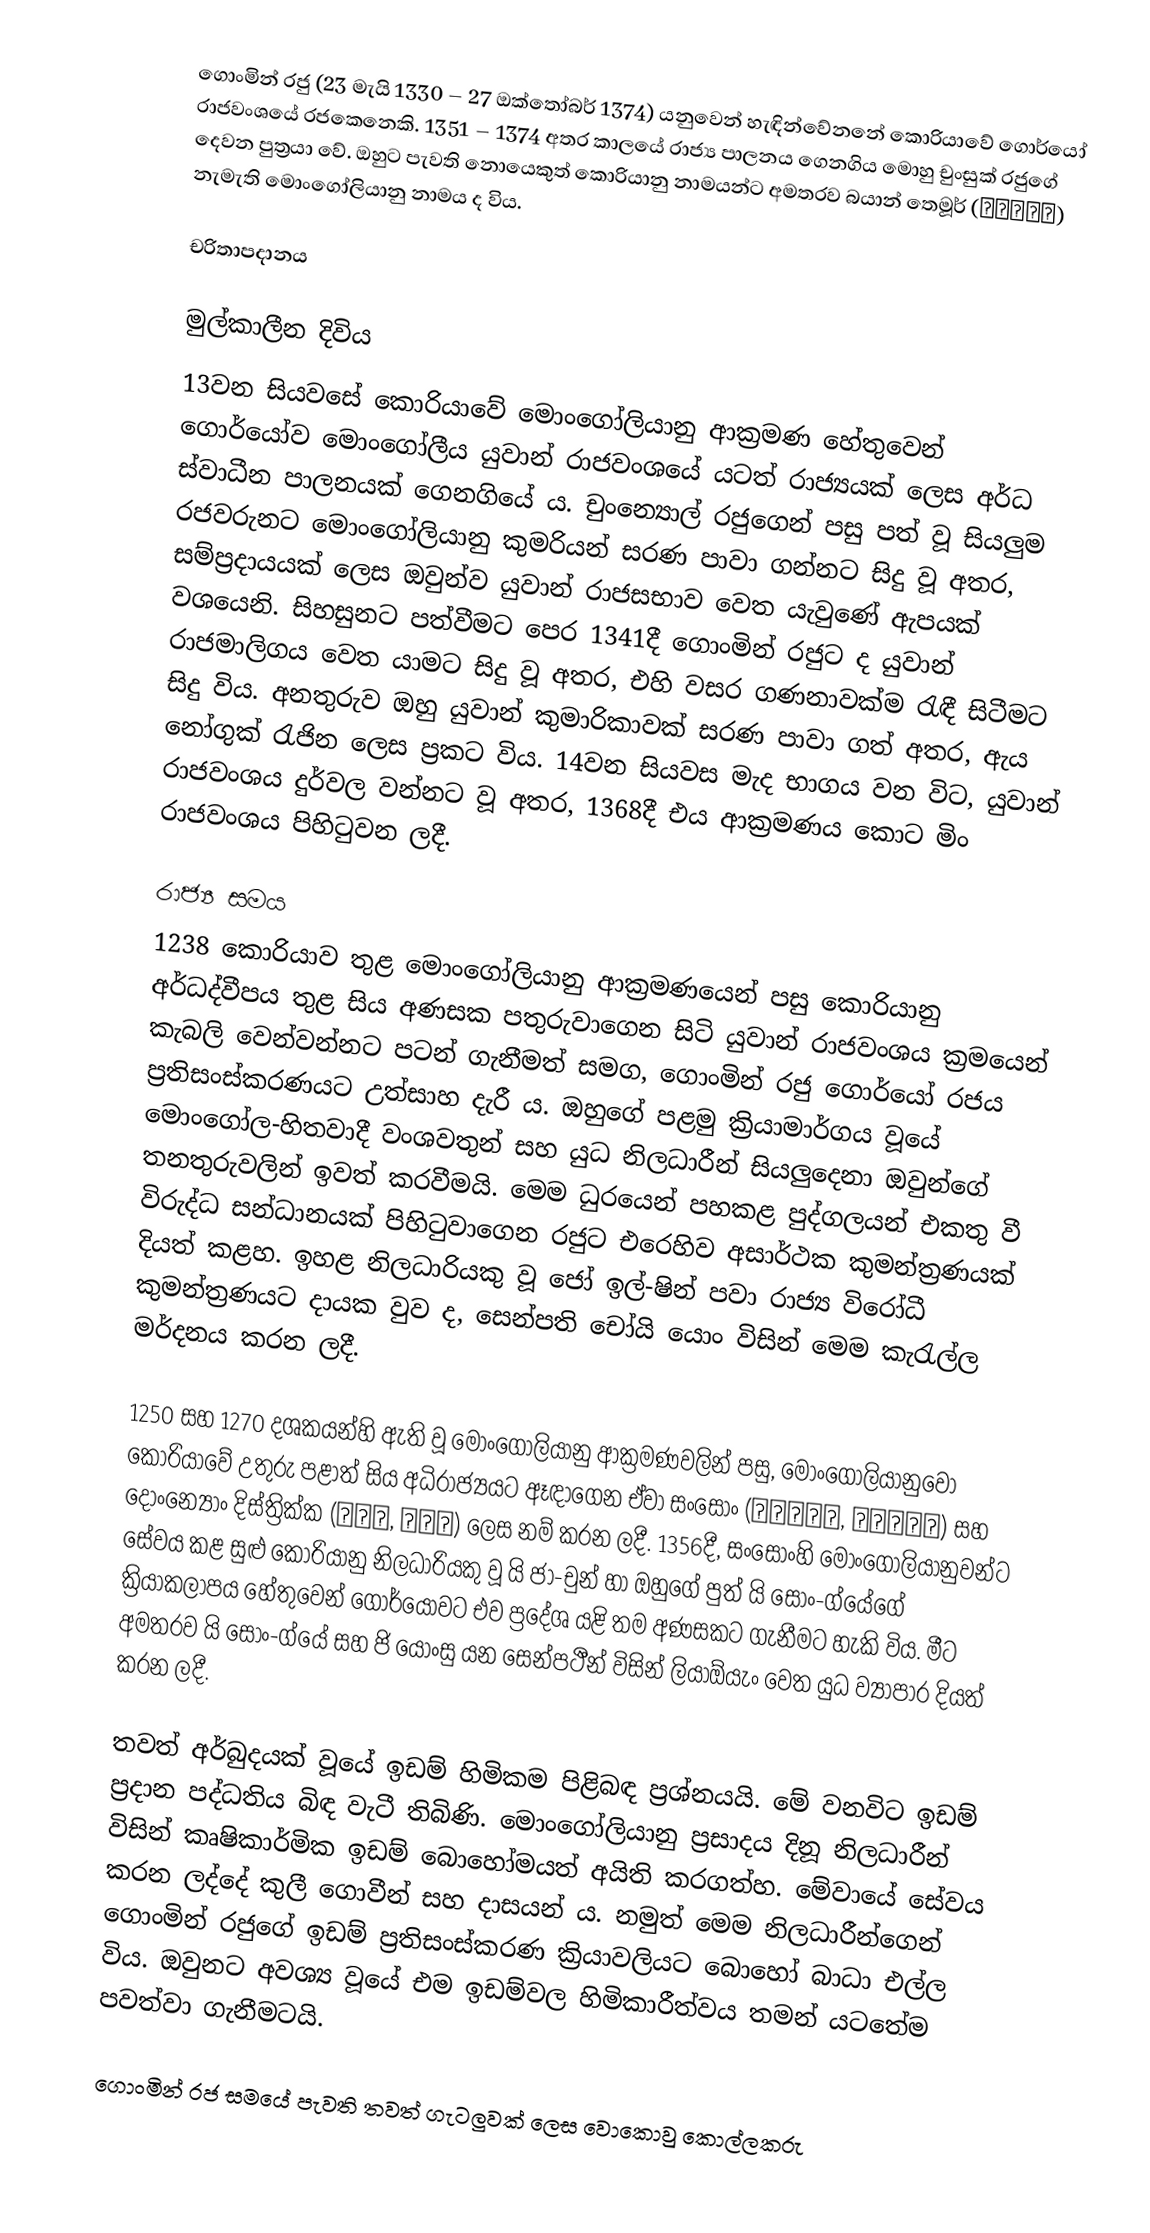
ගොංමින් රජු (23 මැයි 1330 – 27 ඔක්තෝබර් 1374) යනුවෙන් හැඳින්වේනනේ කොරියාවේ ගොර්යෝ රාජවංශයේ රජකෙනෙකි‍. 1351 – 1374 අතර කාලයේ රාජ්‍ය පාලනය ගෙනගිය මොහු චුංසුක් රජුගේ දෙවන පුත්‍රයා වේ. ඔහුට පැවති නොයෙකුත් කොරියානු නාමයන්ට අමතරව බයාන් තෙමූර් (伯顔帖木兒) නැමැති මොංගෝලියානු නාමය ද විය.

චරිතාපදානය

මුල්කාලීන දිවිය
13වන සියවසේ කොරියාවේ මොංගෝලියානු ආක්‍රමණ හේතුවෙන් ගොර්යෝව මොංගෝලීය යුවාන් රාජවංශයේ යටත් රාජ්‍යයක් ලෙස අර්ධ ස්වාධීන පාලනයක් ගෙනගියේ ය‍.  චුංන්‍යොල් රජුගෙන් පසු පත් වූ සියලුම රජවරුනට මොංගෝලියානු කුමරියන් සරණ පාවා ගන්නට සිදු වූ අතර, සම්ප්‍රදායයක් ලෙස ඔවුන්ව යුවාන් රාජසභා‍ව වෙත යැවුණේ ඇපයක් වශයෙනි. සිහසුනට පත්වීමට පෙර 1341දී ගොංමින් රජුට ද යුවාන් රාජමාලිගය වෙත යාමට සිදු වූ අතර, එහි වසර ගණනාවක්ම රැඳී සිටීමට සිදු විය. අනතුරුව ඔහු යුවාන් කුමාරිකාවක් සරණ පාවා ගත් අතර, ඇය නෝගුක් රැජින ලෙස ප්‍රකට විය. 14වන සියවස මැද භාගය වන විට, යුවාන් රාජවංශය දුර්වල වන්නට වූ අතර, 1368දී එය ආක්‍රමණය කොට මිං රාජවංශය පිහිටුවන ලදී.

රාජ්‍ය සමය
1238 කොරියාව තුළ මොංගෝලියානු ආක්‍රමණයෙන් පසු කොරියානු අර්ධද්වීපය තුළ සිය අණසක පතුරුවාගෙන සිටි යුවාන් රාජවංශය ක්‍රමයෙන් කැබලි වෙන්වන්නට පටන් ගැනීමත් සමග, ගොංමින් රජු ගොර්යෝ රජය ප්‍රතිසංස්කරණයට උත්සාහ දැරී ය. ඔහුගේ පළමු ක්‍රියාමාර්ගය වූයේ මොංගෝල-හිතවාදී වංශවතුන් සහ යුධ නිලධාරීන් සියලුදෙනා ඔවුන්ගේ තනතුරුවලින් ඉවත් කරවීමයි. මෙම ධුරයෙන් පහකළ පුද්ගලයන් එකතු වී විරුද්ධ සන්ධානයක් පිහිටුවාගෙන රජුට එරෙහිව අසාර්ථක කුමන්ත්‍රණයක් දියත් කළහ. ඉහළ නිලධාරියකු වූ ජෝ ඉල්-ෂින් පවා රාජ්‍ය විරෝධී කුමන්ත්‍රණයට දායක වුව ද, සෙන්පති චෝයි යොං විසින් මෙම කැරැල්ල මර්දනය කරන ලදී.

1250 සහ 1270 දශකයන්හි ඇති වූ මොංගෝලියානු ආක්‍රමණවලින් පසු, මොංගෝලියානුවෝ කොරියාවේ උතුරු පළාත් සිය අධිරාජ්‍යයට ඈඳාගෙන ඒවා සංසොං (쌍성총관부, 雙城摠管府) සහ දොංන්‍යොං දිස්ත්‍රික්ක (동녕부, 東寧府) ලෙස නම් කරන ලදී. 1356දී, සංසොංහි මොංගෝලියානුවන්ට සේවය කළ සුළු කොරියානු නිලධාරියකු වූ යි ජා-චුන් හා ඔහුගේ පුත් යි සොං-ග්යේගේ ක්‍රියාකලාපය හේතුවෙන් ගොර්යෝවට එව ප්‍රදේශ යළි තම අණසකට ගැනීමට හැකි විය. මීට අමතරව යි සොං-ග්යේ සහ ජි යොංසු යන සෙන්පථීන් විසින් ලියාඕයැං වෙත යුධ ව්‍යාපාර දියත් කරන ලදී.

තවත් අර්බුදයක් වූයේ ඉඩම් හිමිකම පිළිබඳ ප්‍රශ්නයයි. මේ වනවිට ඉඩම් ප්‍රදාන පද්ධතිය බිඳ වැටී තිබිණි‍. මොංගෝලියානු ප්‍රසාදය දිනූ නිලධාරීන් විසින් කෘෂිකාර්මික ඉඩම් බොහෝමයත් අයිති කරගත්හ. මේවායේ සේවය කරන ලද්දේ කුලී ගොවීන් සහ දාසයන් ය. නමුත් මෙම නිලධාරීන්ගෙන් ගොංමින් රජුගේ ඉඩම් ප්‍රතිසංස්කරණ ක්‍රියාවලියට බොහෝ බාධා එල්ල විය. ඔවුනට අවශ්‍ය වූයේ එම ඉඩම්වල හිමිකාරීත්වය තමන් යටතේම පවත්වා ගැනීමටයි.

ගොංමින් රජ සමයේ පැවති තවත් ගැටලුවක් ලෙස වොකොවු කොල්ලකරු